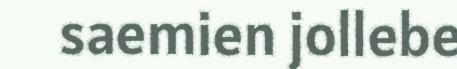
saemien jollebe